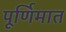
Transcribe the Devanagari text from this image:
पूर्णिमात